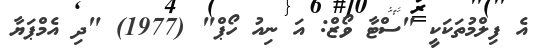
އެ ފިލްމުތަކަކީ "ސްޓާ ވޯޒް: އަ ނިއު ހޯޕް" (1977) "ދި އެމްޕަޔާ